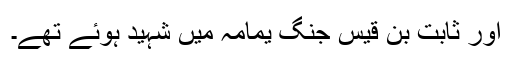
اور ثابت بن قیس جنگ یمامہ میں شہید ہوئے تھے۔